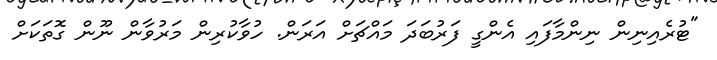
"ޓުރެއިނިން ނިންމާފައި އެންގީ ފަރުބަދަ މައްޗަށް އަރަން. ހުވާކުރިން މަރުވާން ނޫން ގޮތަކަށް